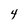
Character: 4